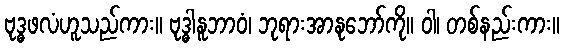
ဗုဒ္ဓဖလံဟူသည်ကား။ ဗုဒ္ဓါနူဘာဝံ၊ ဘုရားအာနုဘော်ကို။ ဝါ၊ တစ်နည်းကား။